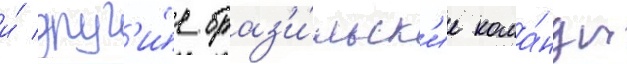
и́ друг'и́е браз'и́льск'ие кома́нды